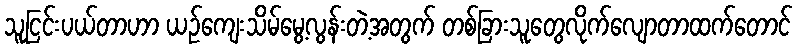
သူငြင်းပယ်တာဟာ ယဉ်ကျေးသိမ်မွေ့လွန်းတဲ့အတွက် တစ်ခြားသူတွေလိုက်လျောတာထက်တောင်